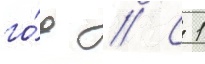
го́д // С 1